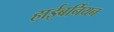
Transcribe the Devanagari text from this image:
हाईबर्नियन